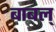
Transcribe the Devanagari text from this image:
बाबल्